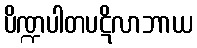
ပိဏ္ဍပါတပဋိလာဘာယ